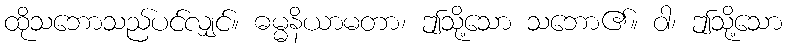
ထိုသဘောသည်ပင်လျှင်။ ဓမ္မနိယာမတာ၊ ဤသို့သော သဘော၏။ ဝါ၊ ဤသို့သော